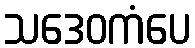
သဒေဝကံပေ